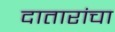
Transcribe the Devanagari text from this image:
दातारांचा